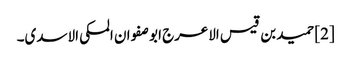
[2] حمید بن قیس الاعرج ابو صفوان المکی الاسدی۔